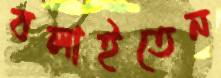
বলাইতেন